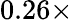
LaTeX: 0.26\times